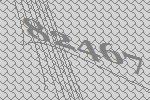
82467